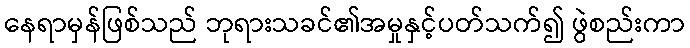
နေရာမှန်ဖြစ်သည် ဘုရားသခင်၏အမှုနှင့်ပတ်သက်၍ ဖွဲစည်းကာ